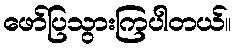
ဖော်ပြသွားကြပါတယ်။